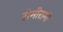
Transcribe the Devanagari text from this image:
सेमीरामी